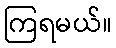
ကြရမယ်။